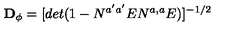
{ \bf D _ { \phi } } = [ d e t ( 1 - N ^ { a ^ { \prime } a ^ { \prime } } E N ^ { a , a } E ) ] ^ { - 1 / 2 } \,